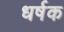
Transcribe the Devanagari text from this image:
धर्षक